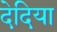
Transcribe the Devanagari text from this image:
देदिया